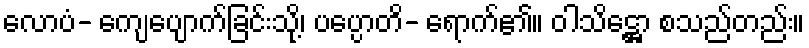
လောပံ- ကျေပျောက်ခြင်းသို့၊ ပပ္ပောတိ- ရောက်၏။ ဝါသိဋ္ဌော စသည်တည်း။